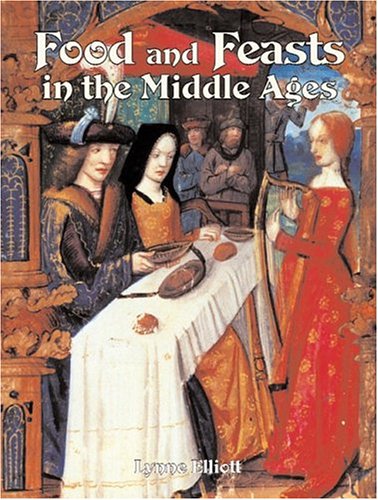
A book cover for Food and Feasts in the Middle Ages (Medieval World (Crabtree Paperback)); Lynne Elliott; Children's Books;